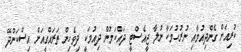
ކުރިއަށް ގެންދިއުމާއި ނުރުހުމަކާ ނުލާ ޖީއެސްޓީ ދައްކަމުން ދިއުމަކީ ދިވެހިން ތަރައްގީއަށް އިސްކަންދޭ